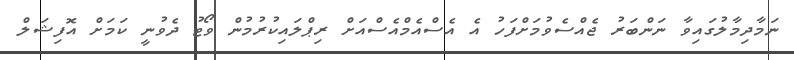
ނަމާދިމާލުގައިވާ ނަންބަރު ޖެއްސެވުމަށްފަހު އެ އެސްއެމްއެސްއަށް ރިޕްލައިކުރުމުން ވޯޓު ދެވުނީ ކަމަށް އޮފިޝަލް